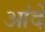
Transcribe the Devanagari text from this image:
आंदे